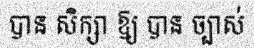
បាន សិក្សា ឱ្យ បាន ច្បាស់